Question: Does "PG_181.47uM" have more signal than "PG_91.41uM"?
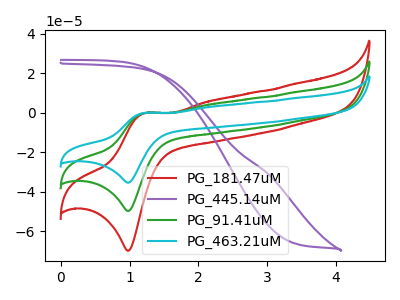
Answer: <think>The red curve "PG_181.47uM" has an anodic peak at (1.20V, -0.15uA) and a cathodic peak at (1.00V, -69.90uA). The purple curve "PG_445.14uM" has no peaks. The green curve "PG_91.41uM" has an anodic peak at (1.20V, -0.10uA) and a cathodic peak at (1.00V, -49.75uA). The cyan curve "PG_463.21uM" has an anodic peak at (1.20V, -0.20uA) and a cathodic peak at (1.00V, -99.50uA).
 All the peaks in "PG_181.47uM" have a peak in "PG_91.41uM" at the same potential.</think>
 <answer>I cant tell if "PG_181.47uM" or "PG_91.41uM" has more signal.</answer>
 <eval>mixed_signal</eval>